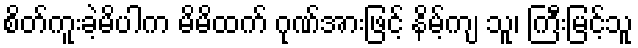
စိတ်ကူးခဲ့မိပါက မိမိထက် ဂုဏ်အားဖြင့် နိမ့်ကျ သူ၊ ကြီးမြင့်သူ